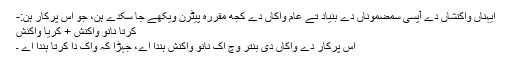
ایہناں واکنشاں دے آپسی سمضموناں دے بنیاد تے عام واکاں دے کجھ مقررہ پیٹرن ویکھے جا سکدے ہن، جو اس پرکار ہن:-
کرتا نانوَ واکنش + کریا واکنش
اس پرکار دے واکاں دی بنتر وچ اک نانوَ واکنش ہندا اے، جہڑا کہ واک دا کرتا ہندا اے ۔